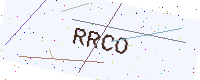
Text: RRCO